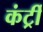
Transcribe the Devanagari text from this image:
कंर्ट्री